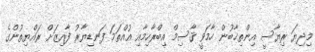
މިދިޔަ ރިޔާސީ އިންތިޚާބުން ހާމަވީ ޤާސިމް އިބްރާހިމާއި އުއްތަމަ ފަނޑިޔާރު ފާއިޒަށް ރައްޔިތުންގެ